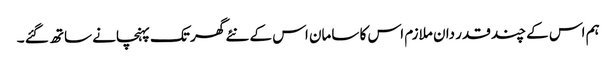
ہم اس کے چند قدر دان ملازم اس کا سامان اس کے نئے گھر تک پہنچانے ساتھ گئے ۔